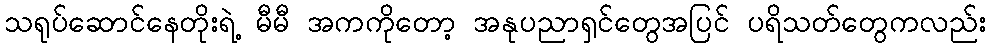
သရုပ်ဆောင်နေတိုးရဲ့ မီမီ အကကိုတော့ အနုပညာရှင်တွေအပြင် ပရိသတ်တွေကလည်း